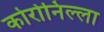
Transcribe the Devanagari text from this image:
कोरोनिल्ला